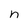
Character: n